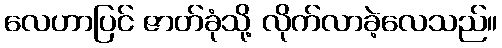
လေဟာပြင် ဇာတ်ခုံသို့ လိုက်လာခဲ့လေသည်။